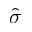
\hat { \sigma }